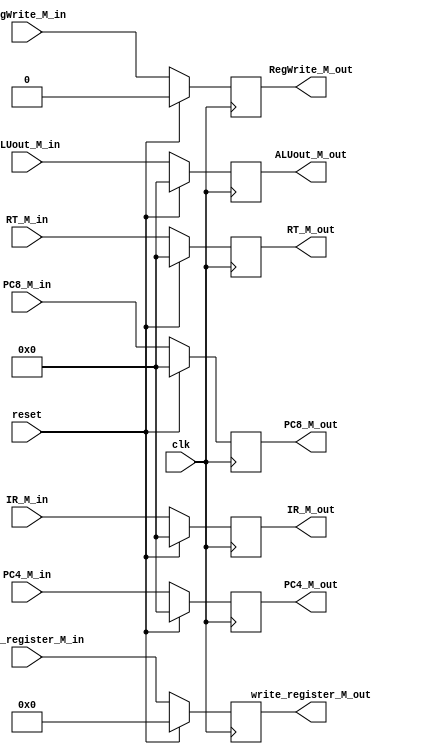
`timescale 1ns / 1ps
//////////////////////////////////////////////////////////////////////////////////
// Company: 
// Engineer: 
// 
// Design Name: 
// Module Name:    EX_MEM_register 
// Project Name: 
// Target Devices: 
// Tool versions: 
// Description: 
//
// Dependencies: 
//
// Revision: 
// Revision 0.01 - File Created
// Additional Comments: 
//
//////////////////////////////////////////////////////////////////////////////////
module EX_MEM_register(
    input clk,
    input reset,
    input[31:0] IR_M_in,
    input[31:0] PC4_M_in,
	 input[31:0] PC8_M_in,
    input[31:0] ALUout_M_in,
    input[31:0] RT_M_in,
	 input[4:0] write_register_M_in,
	 input RegWrite_M_in,
    output reg[31:0] IR_M_out,
    output reg[31:0] PC4_M_out,
	 output reg[31:0] PC8_M_out,
    output reg[31:0] ALUout_M_out,
    output reg[31:0] RT_M_out,
	 output reg[4:0] write_register_M_out,
	 output reg RegWrite_M_out
    );
     initial begin
	        IR_M_out=0;
			  PC4_M_out=0;
			  PC8_M_out=0;
			  ALUout_M_out=0;
			  RT_M_out=0;
			  write_register_M_out=0;
			  RegWrite_M_out=0;
	  end
     always@(posedge clk)begin
		  if(reset)begin
			  IR_M_out=0;
			  PC4_M_out=0;
			  PC8_M_out=0;
			  ALUout_M_out=0;
			  RT_M_out=0;
			  write_register_M_out=0;
			  RegWrite_M_out=0;
		  end
		  else begin
			  IR_M_out=IR_M_in;
			  PC4_M_out=PC4_M_in;
			  PC8_M_out=PC8_M_in;
			  ALUout_M_out=ALUout_M_in;
			  RT_M_out=RT_M_in;
			  write_register_M_out=write_register_M_in;
			  RegWrite_M_out=RegWrite_M_in;
	     end
	  end
endmodule